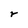
Character: r